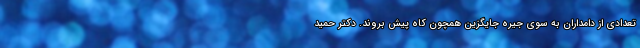
تعدادی از دامداران به سوی جیره جایگزین همچون کاه پیش بروند. دکتر حمید